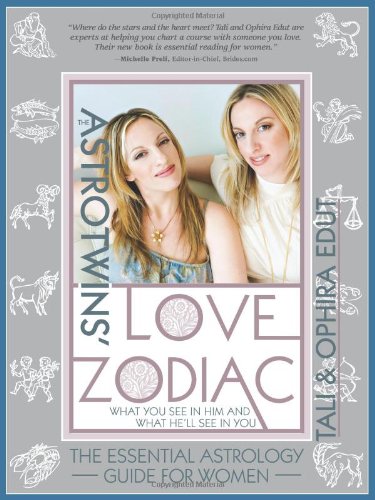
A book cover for The AstroTwins' Love Zodiac: The Essential Astrology Guide for Women; Ophira Edut; Self-Help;